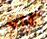
كان